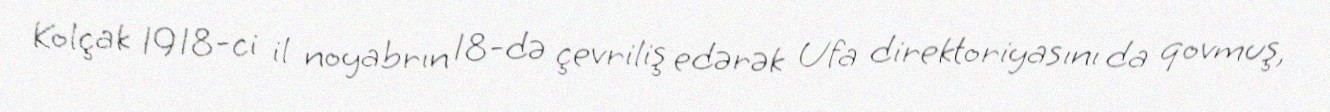
Kolçak 1918-ci il noyabrın 18-də çevriliş edərək Ufa direktoriyasını da qovmuş,